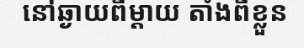
នៅឆ្ងាយពីម្តាយ តាំងពីខ្លួន